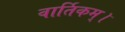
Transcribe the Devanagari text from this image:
वार्तिकम्।